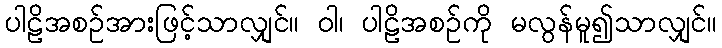
ပါဠိအစဉ်အားဖြင့်သာလျှင်။ ဝါ၊ ပါဠိအစဉ်ကို မလွန်မူ၍သာလျှင်။